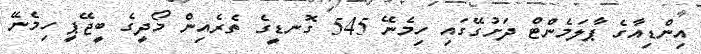
އިންޑިއާގެ ޕާލަމެންޓް ދަށުގޭގައި ހިމެނޭ 545 ގޮނޑީގެ ތެރެއިން މޯދީގެ ބީޖޭޕީ ހިމެނޭ